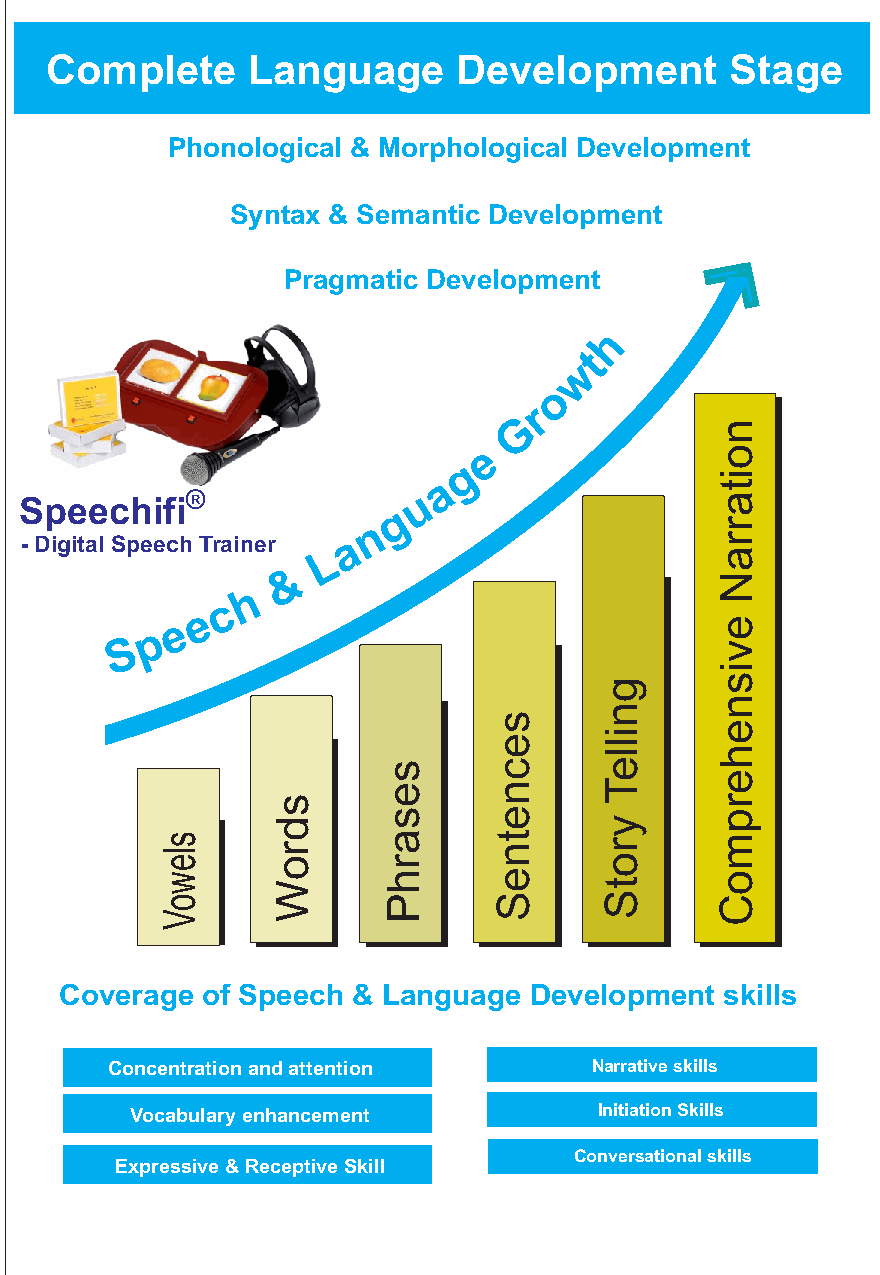
Complete     Language      Development       Stage
 Phonological & Morphological Development
 Syntax & Semantic Development
 Pragmatic Development
 Speechifi   R
 - Digital Speech Trainer
 Coverage of Speech & Language  Development  skills
 Concentration and attention     Narrative skills
 Vocabulary enhancement         Initiation Skills
 Conversational skills
 Expressive & Receptive Skill
 slesdwrooWV
 ssddrrooWW
 sseessaarrhhPP
 sseeccnneettnneeSS
 ggnniilllleeTT
 yyrroottSS
 nnooiittaarrrraaNN
 eevviissnneehheerrppmmooCC